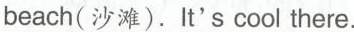
beach(沙滩).It's cool there.